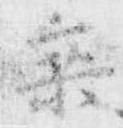
乗